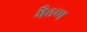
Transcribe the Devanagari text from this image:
भैठण